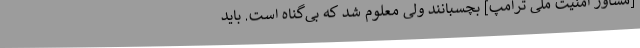
[مشاور امنیت ملی ترامپ] بچسبانند ولی معلوم شد که بی‌گناه است. باید